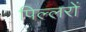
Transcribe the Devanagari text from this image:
पिल्लरों